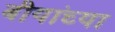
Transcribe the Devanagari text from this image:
बीयांच्या